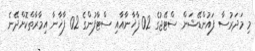
މި މަދަރުސާ ފައުންޑޭޝަން ސްޓޭޖުގެ 02 ފާޚާނާއާއި ސްޓާފުންގެ 02 ފާޚާނާ އިމާރާތްކޮށްދޭނެ